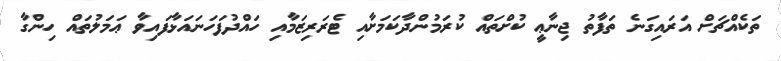
ތަކެއްޗަށް އަރައިގަނެ ތަފާތު ޖިނާޢީ ކުށްތައް ކުރަމުންދާކަމަށާއި ޓެރަރިޒަމާއި ހައްދުފަހަނައަޅާފައިވާ ޢަމަލުތައް ހިންގާ